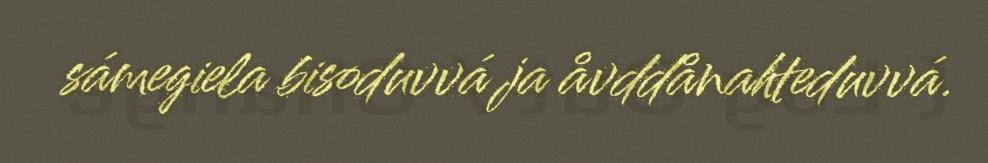
sámegiela bisoduvvá ja åvddånahteduvvá.